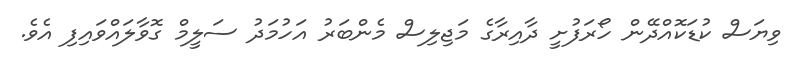
ވިޔަސް ކުޑަކޮއްދޭން ހޯރަފުށީ ދާއިރާގެ މަޖިލިސް މެންބަރު އަހުމަދު ސަލީމް ގޮވާލައްވައިފި އެވެ.